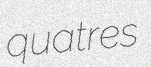
quatres